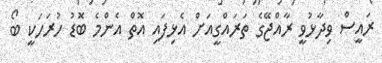
ރައީސް ވިދާޅުވީ ރާއްޖޭގެ ތަރައްގީއަށް އެޅިފައި އޮތް އެންމެ ބޮޑު ހުރަހަކީ ބޯ